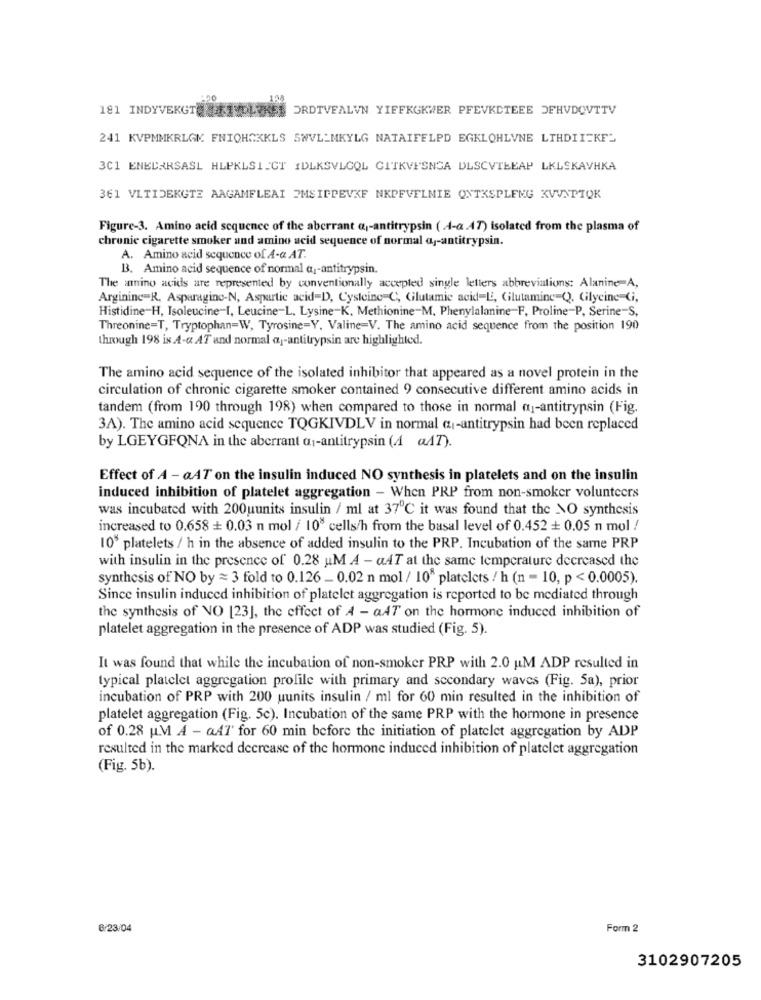
181 INDYVEKGT
WDLURES ORDTVEALVN YIFFKGKWER PFEVKCTEEE JEHVDOVTTV
241 KVPMMKRLGK FNIOHOKKLS SWVL_MKYLG NATAIFELPD EGKLOHLVNE LTHDII=KF_
3C1 ENELARSASL HLPKLSIECT IDLKSVLCQL GITKVESNGA DLSCVTŁEAP LKLSKAVHKA
361 VLTIDEKGTE AAGAMFLEAI EMSINDEVKF NKOFVELMIE QNTKSPLENG KVVSPTQK
Figure-3. Amino acid sequence of the aberrant a ,- antitrypsin ( 4-a.47) isolated from the plasma of
chronic cigarette smoker and amino acid sequence of normal aj-antitrypsin.
A. Amino acid sequence of A-& AT.
B. Amino acid sequence of normal a-antitrypsin.
The amino acids are represented by conventionally accepted single letters abbreviations: Alanine-A,
Arginine=R, Asparagino-N, Aspartic acid=D, Cysteine C, Glutamic acid-LE, Glutamine Q). Gilycine Gi,
Histidine-H, Isoleucine-I, Leucine-L. Lysine-K, Methionine-M. Phenylalanine-F, Proline-P, Serine-S.
Threonine=T, Tryptophan=W, Tyrosine=Y. Valine=V. The amino acid sequence from the position 190
through 198 is A-a AT and normal aj-antitrypsin are highlighted.
The amino acid sequence of the isolated inhibitor that appeared as a novel protein in the
circulation of chronic cigarette smoker contained 9 consecutive different amino acids in
tandem (from 190 through 198) when compared to those in normal a1-antitrypsin (Fig.
3A). The amino acid sequence TQGKIVDLV in normal cz-antitrypsin had been replaced
by LGEYGFQNA in the aberrant a1-antitrypsin (4 a47).
Effect of A - aAT on the insulin induced NO synthesis in platelets and on the insulin
induced inhibition of platelet aggregation - When PRP from non-smoker volunteers
was incubated with 200uunits insulin / ml at 37℃ it was found that the NO synthesis
increased to 0.658 + 0.03 n mol / 108 cells/h from the basal level of 0.452 + 0.05 n mol /
108 platelets / h in the absence of added insulin to the PRP. Incubation of the same PRP
with insulin in the presence of 0.28 uM A - aAT at the same temperature decreased the
synthesis of NO by = 3 fold to 0.126 - 0.02 n mol / 10" platelets / h (n = 10, p < 0.0005).
Since insulin induced inhibition of platelet aggregation is reported to be mediated through
the synthesis of NO [23], the effect of A - aAT on the hormone induced inhibition of
platelet aggregation in the presence of ADP was studied (Fig. 5).
It was found that while the incubation of non-smoker PRP with 2.0 u.M ADP resulted in
typical platelet aggregation profile with primary and secondary waves (Fig. 5a), prior
incubation of PRP with 200 uunits insulin / ml for 60 min resulted in the inhibition of
platelet aggregation (Fig. 5c). Incubation of the same PRP with the hormone in presence
of 0.28 u.M A - a4l' for 60 min before the initiation of platelet aggregation by ADP
resulted in the marked decrease of the hormone induced inhibition of platelet aggregation
(Fig. 5b).
6/23/04
Form 2
3102907205